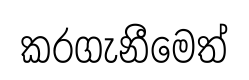
කරගැනීමෙත්